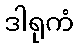
ဒါရုကံ